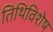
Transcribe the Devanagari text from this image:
तिथिविशेष